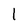
Character: l